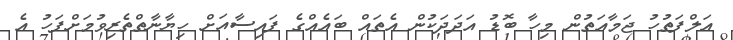
އަލްފަތުހު ޖަމާއަތުން މިހާ ބޮޑު އަދަދަކުން އެތައް ބައެއްގެ ފައިސާއަށް ހިޔާނާތްތެރިވުމަށްފަހު އެ